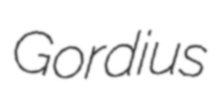
Gordius